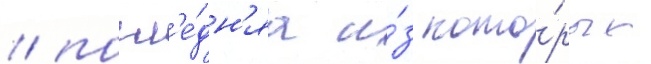
/ посл'е́дн'яа и́з кото́рых